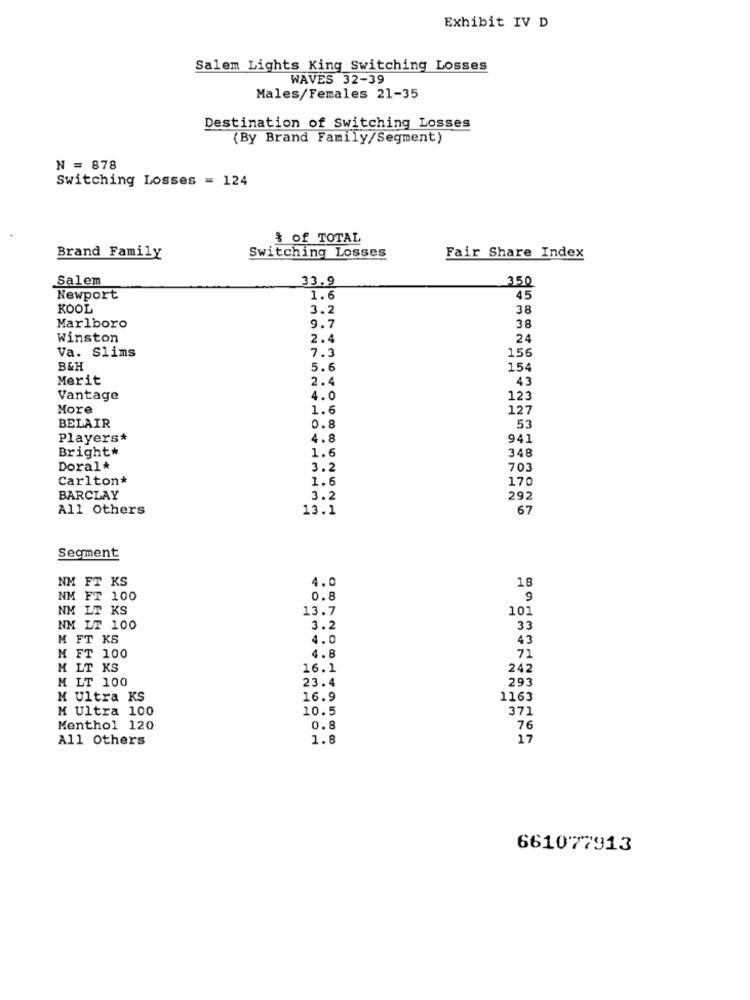
Exhibit IV D
Salem Lights King Switching Losses
WAVES 32-39
Males/Females 21-35
Destination of Switching Losses
(By Brand Family/Segment)
N = 878
Switching Losses = 124
& of TOTAL
Switching Losses
Brand Family
Fair Share Index
Salem
33.9
350
Newport
1.6
45
KOOL
3.2
38
Marlboro
9.7
38
Winston
2.4
24
Va. Slims
7.3
156
B&H
5.6
154
Merit
2.4
43
Vantage
4.0
123
More
1.6
127
BELAIR
0.8
53
Players*
4.8
941
Bright*
1.6
348
Doral*
3.2
703
Carlton*
1.6
170
BARCLAY
3.2
292
All Others
13.1
67
Segment
NM FT KS
18
4.0
NM FT 100
0.8
9
NM LT KS
13.7
101
NM LT 100
3.2
33
M FT KS
4.0
43
4.8
M FT 100
71
M LT KS
16.1
242
293
M LT 100
23.4
M Ultra KS
=====
16.9
1163
M Ultra 100
10.5
371
Menthol 120
0.8
76
All Others
1.8
17
661077913